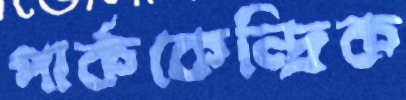
পার্ককেন্দ্রিক